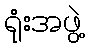
ရုံးအဖွဲ့